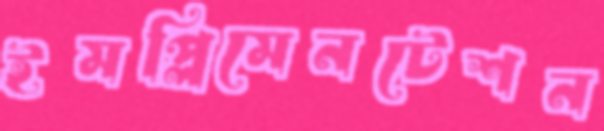
ইমপ্লিমেনটেশন